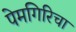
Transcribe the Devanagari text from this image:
पेमगिरिचा